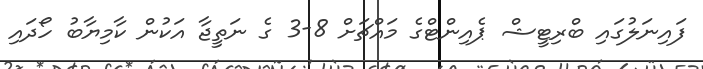
ފައިނަލުގައި ބްރިޓީޝް ޕެއިންޓްގެ މައްޗަށް 8-3 ގެ ނަތީޖާ އަކުން ކާމިޔާބު ހޯދައި